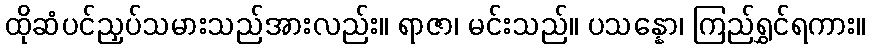
ထိုဆံပင်ညှပ်သမားသည်အားလည်း။ ရာဇာ၊ မင်းသည်။ ပသန္နော၊ ကြည်ရွှင်ရကား။